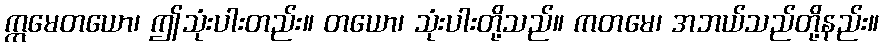
ဣမေတယော၊ ဤသုံးပါးတည်း။ တယော၊ သုံးပါးတို့သည်။ ကတမေ၊ အဘယ်သည်တို့နည်း။